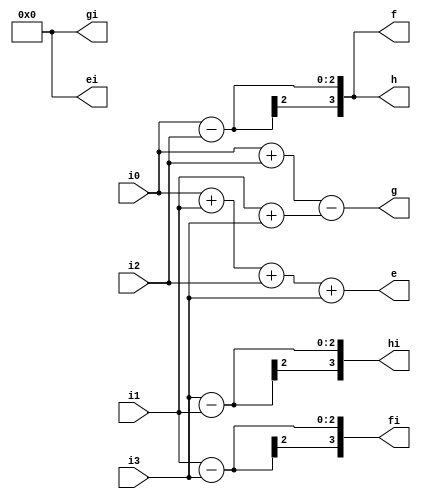
`timescale 1ns / 1ps

module radix4fft(i0,i1,i2,i3,e,ei,f,fi,g,gi,h,hi);

input signed [1:0]i0;
input signed [1:0]i1;
input signed [1:0]i2;
input signed [1:0]i3;
output signed [3:0]e;
output signed [3:0]ei;
output signed [3:0]f;
output signed [3:0]fi;
output signed [3:0]g;
output signed [3:0]gi;
output signed [3:0]h;
output signed [3:0]hi;

assign e=i0+i1+i2+i3;
assign ei=4'b0;

assign f=i0-i2;
assign fi=i1-i3;

assign g=i0+i2-(i1+i3);
assign gi=4'b0;

assign h=i0-i2;
assign hi=i3-i1;

endmodule